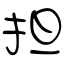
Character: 担